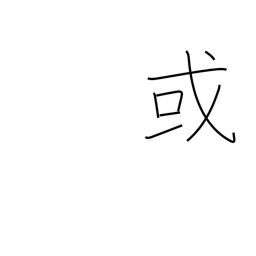
Meaning: a certain